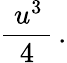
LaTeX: {\frac{\; u^{3}\, }{4}}\, .